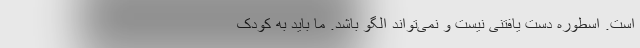
است. اسطوره دست یافتنی نیست و نمی‌تواند الگو باشد. ما باید به کودک